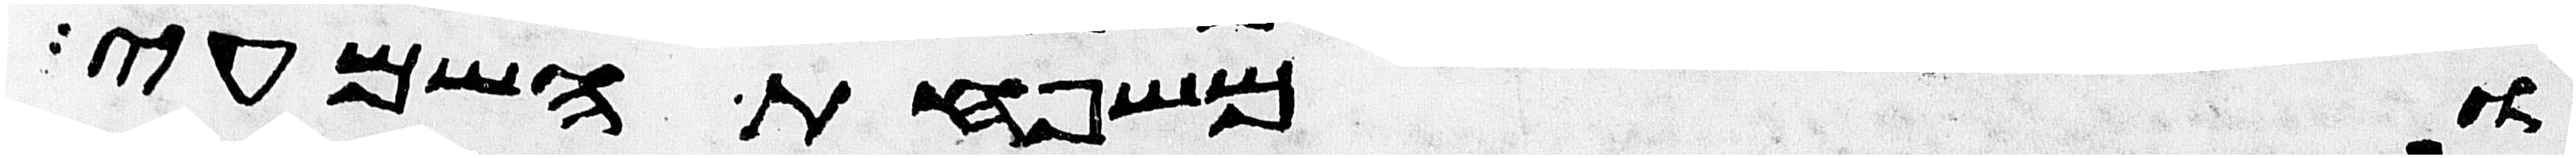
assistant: ומשפחת השמעי